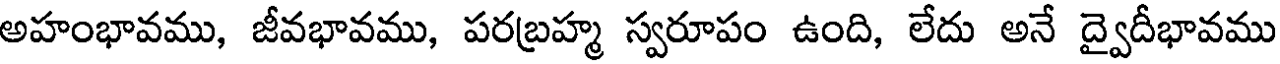
అహంభావము, జీవభావము, పరబ్రహ్మ స్వరూపం ఉంది, లేదు అనే ద్వైదీభావము